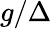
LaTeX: g/\Delta